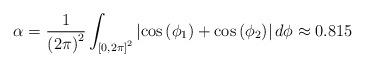
LaTeX: \begin{align*}\alpha=\frac{1}{\left(2\pi\right)^{2}}\int_{\left[0,2\pi\right]^{2}}\left|\cos\left(\phi_{1}\right)+\cos\left(\phi_{2}\right)\right|d\phi\approx0.815\end{align*}